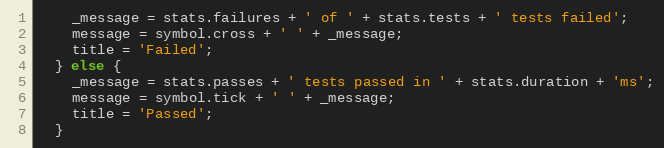
Language: JavaScript
    _message = stats.failures + ' of ' + stats.tests + ' tests failed';
    message = symbol.cross + ' ' + _message;
    title = 'Failed';
  } else {
    _message = stats.passes + ' tests passed in ' + stats.duration + 'ms';
    message = symbol.tick + ' ' + _message;
    title = 'Passed';
  }